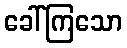
ခေါ်ကြသော